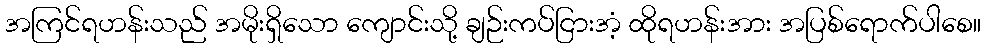
အကြင်ရဟန်းသည် အမိုးရှိသော ကျောင်းသို့ ချဉ်းကပ်ငြားအံ့ ထိုရဟန်းအား အပြစ်ရောက်ပါစေ။